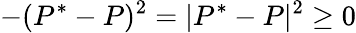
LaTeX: -(P^{*}-P)^{2}=|P^{*}-P|^{2}\geq 0